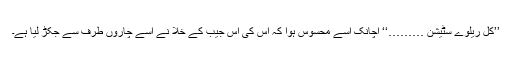
’’کل ریلوے سٹیشن ………‘‘ اچانک اسے محسوس ہوا کہ اس کی اس جیب کے خلا نے اسے چاروں طرف سے جکڑ لیا ہے۔